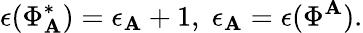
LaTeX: \epsilon(\Phi_{\mathbf{A}}^{*})=\epsilon_{\mathbf{A}}+1,\; \epsilon_{\mathbf{A}}=\epsilon(\Phi^{\mathbf{A}}).